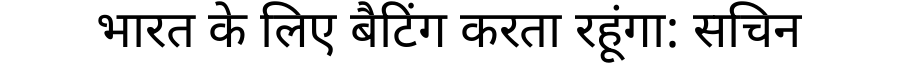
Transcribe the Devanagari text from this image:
भारत के लिए बैटिंग करता रहूंगा: सचिन